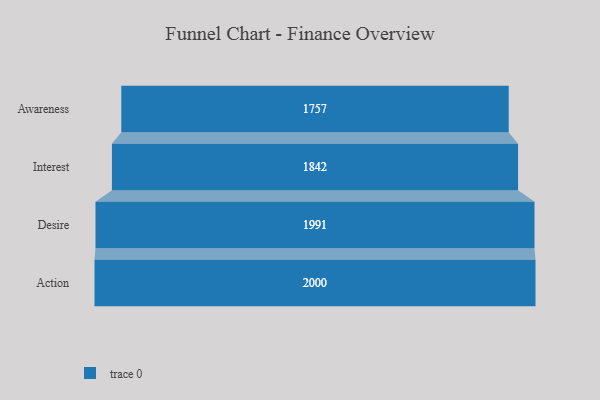
{"axis": {"x": "Stage", "y": "Value"}, "legend": [""], "data": [{"x": "Awareness", "y": 1757.0, "type": ""}, {"x": "Interest", "y": 1842.0, "type": ""}, {"x": "Desire", "y": 1991.0, "type": ""}, {"x": "Action", "y": 2000, "type": ""}]}